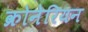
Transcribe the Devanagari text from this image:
क्रोनेरियन